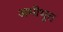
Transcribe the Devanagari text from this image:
अभीभुत